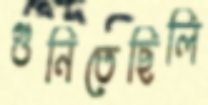
গুনিতেছিলি